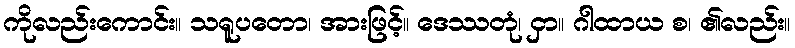
ကိုလည်းကောင်း။ သရူပတော၊ အားဖြင့်။ ဒေဿတုံ၊ ငှာ။ ဂါထာယ စ၊ ၏လည်း။